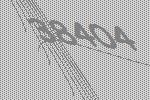
38404